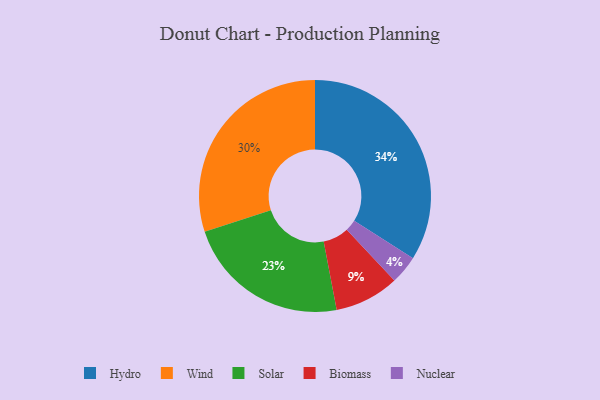
{"axis": {"x": "Category", "y": "Percentage"}, "legend": ["Biomass", "Hydro", "Nuclear", "Solar", "Wind"], "data": [{"x": "Solar", "y": 23, "type": "Solar"}, {"x": "Wind", "y": 30, "type": "Wind"}, {"x": "Hydro", "y": 34, "type": "Hydro"}, {"x": "Nuclear", "y": 4, "type": "Nuclear"}, {"x": "Biomass", "y": 9, "type": "Biomass"}]}